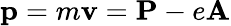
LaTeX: \mathbf{p}=m\mathbf{v}=\mathbf{P}-e\mathbf{A}